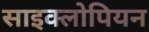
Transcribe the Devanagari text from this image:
साइक्लोपियन